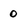
Character: 0